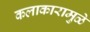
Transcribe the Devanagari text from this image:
कलाकारामुळे